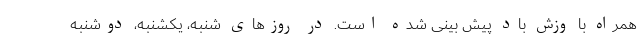
همراه با وزش باد پیش بینی شده است. در روزهای شنبه، یکشنبه، دوشنبه